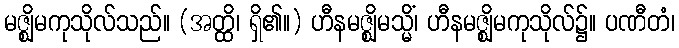
မဇ္ဈိမကုသိုလ်သည်။ (အတ္ထိ၊ ရှိ၏။) ဟီနမဇ္ဈိမသ္မိံ၊ ဟီနမဇ္ဈိမကုသိုလ်၌။ ပဏီတံ၊